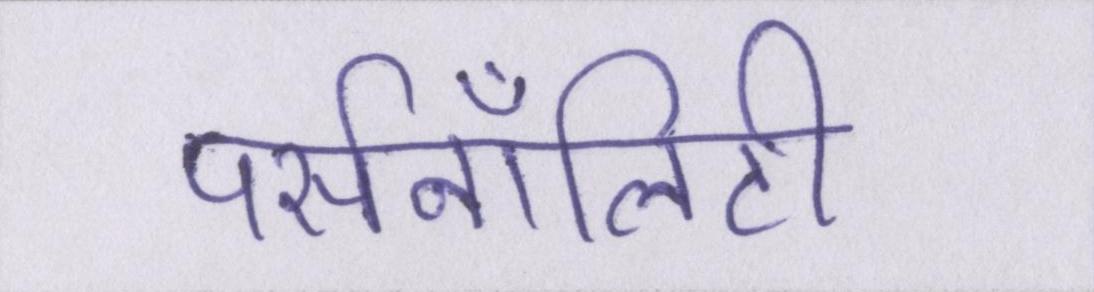
पर्सनॉलिटी